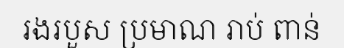
រងរបួស ប្រមាណ រាប់ ពាន់